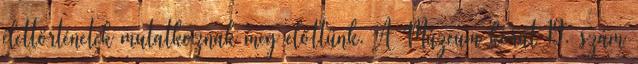
élettörténetek mutatkoznak meg előttünk. A Múzeum körút 19. szám